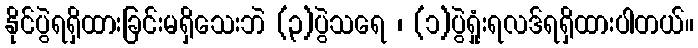
နိုင်ပွဲရရှိထားခြင်းမရှိသေးဘဲ (၃)ပွဲသရေ ၊ (၁)ပွဲရှုံးရလဒ်ရရှိထားပါတယ်။